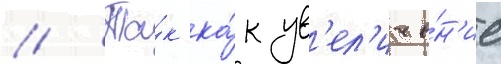
// Та́к ка́к ув'ел'иче́н'ие